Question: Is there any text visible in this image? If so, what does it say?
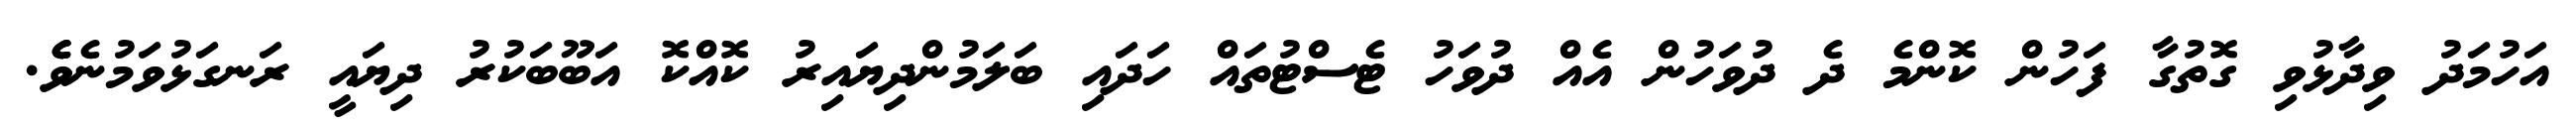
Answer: އަހުމަދު ވިދާޅުވި ގޮތުގާ ފަހުން ކޮންމެ ދެ ދުވަހުން އެއް ދުވަހު ޓެސްޓުތައް ހަދައި ބަލަމުންދިޔައިރު ކޮއްކޮ އަބޫބަކުރު ދިޔައީ ރަނގަޅުވަމުނެވެެ.